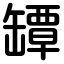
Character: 罈